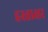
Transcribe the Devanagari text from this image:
हस्त्ताक्षर